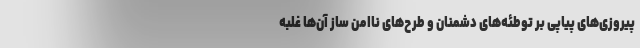
پیروزی‌های پیاپی بر توطئه‌های دشمنان و طرح‌های ناامن ساز آن‌ها غلبه